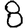
Digit: 8